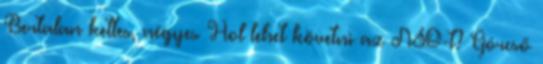
Bertalan kettes, négyes Hol lehet követni az NSO-t? Górcső